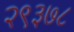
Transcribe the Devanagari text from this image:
२९३७८